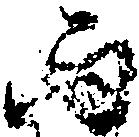
而